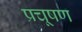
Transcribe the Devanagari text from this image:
प्रचूषण